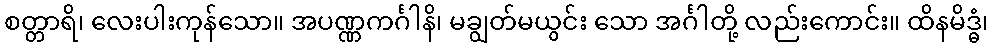
စတ္တာရိ၊ လေးပါးကုန်သော။ အပဏ္ဏကင်္ဂါနိ၊ မချွတ်မယွင်း သော အင်္ဂါတို့ လည်းကောင်း။ ထိနမိဒ္ဓံ၊